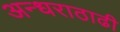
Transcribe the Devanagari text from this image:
अन्धराठाढी